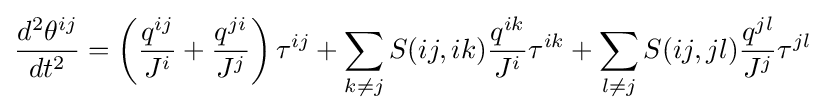
{d^{2}\theta ^{ij} \over dt^{2}}=\left({q^{ij} \over J^{i}}+{q^{ji} \over J^{j}}\right)\tau ^{ij}+\sum _{k\neq j}S(ij,ik){q^{ik} \over J^{i}}\tau ^{ik}+\sum _{l\neq j}S(ij,jl){q^{jl} \over J^{j}}\tau ^{jl}